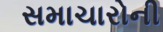
સમાચારોની